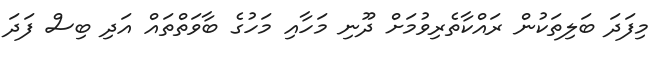
މިފަދަ ބަލިތަކުން ރައްކާތެރިވުމަށް ދޫނި މަހާއި މަހުގެ ބާވަތްތައް އަދި ބިސް ފަދަ